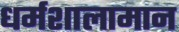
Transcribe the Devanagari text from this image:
धर्मशालामान